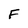
Character: F